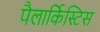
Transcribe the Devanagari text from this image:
पैलार्किस्टिस